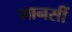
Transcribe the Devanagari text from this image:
मानसीं